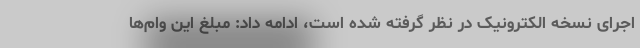
اجرای نسخه الکترونیک در نظر گرفته شده است، ادامه داد: مبلغ این وام‌ها